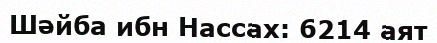
Шәйба ибн Нассах: 6214 аят